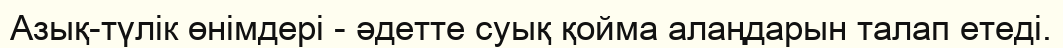
Азық-түлік өнімдері - әдетте суық қойма алаңдарын талап етеді.